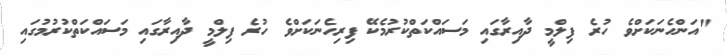
"އަންހެނަކަށްވެ ހުރެ ފިލްމީ ދާއިރާގައި މަސައްކަތްކުރުމެކޭ ފިރިހެނަކަށްވެ ހުރެ ފިލްމީ ދާއިރާގައި މަސައްކަތްކުރުމުގައި